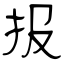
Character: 报